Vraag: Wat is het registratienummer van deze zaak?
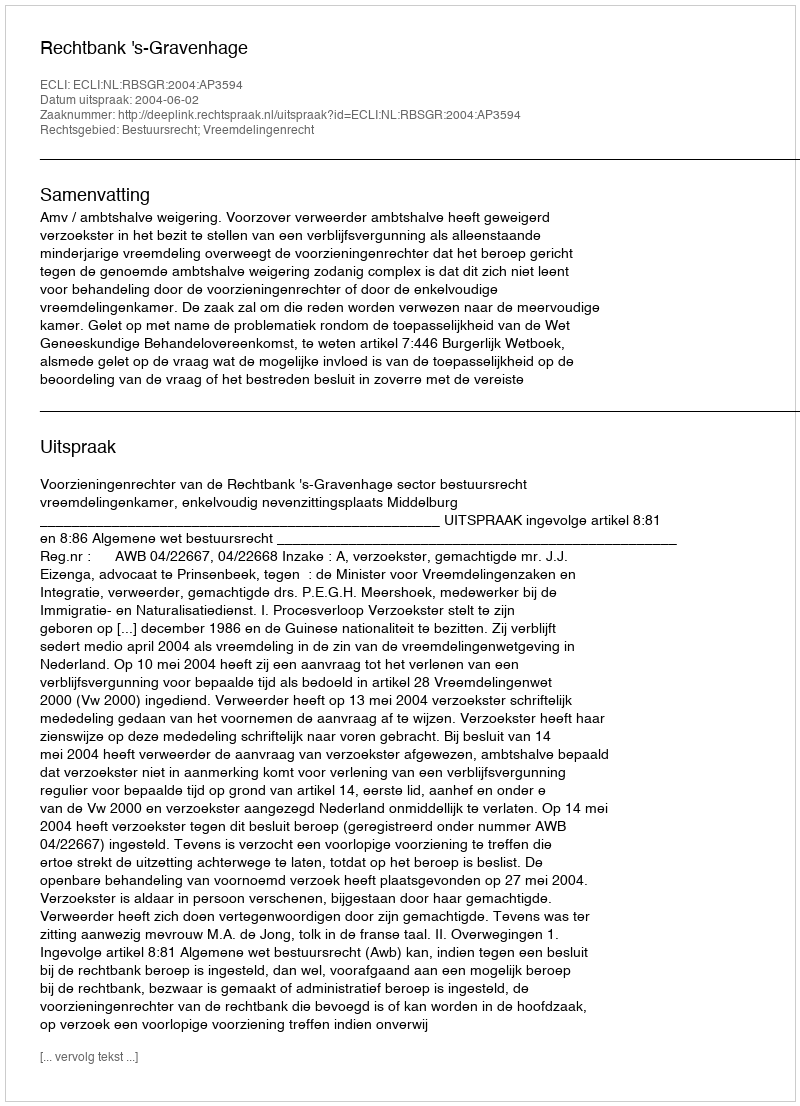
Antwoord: http://deeplink.rechtspraak.nl/uitspraak?id=ECLI:NL:RBSGR:2004:AP3594